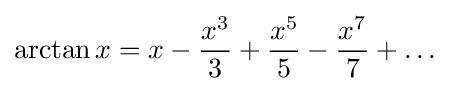
\arctan x=x-{\frac {x^{3}}{3}}+{\frac {x^{5}}{5}}-{\frac {x^{7}}{7}}+\ldots